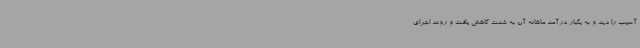
آسیب را دید و به یکبار درآمد ماهانه آن به شدت کاهش یافت و روند اجرای